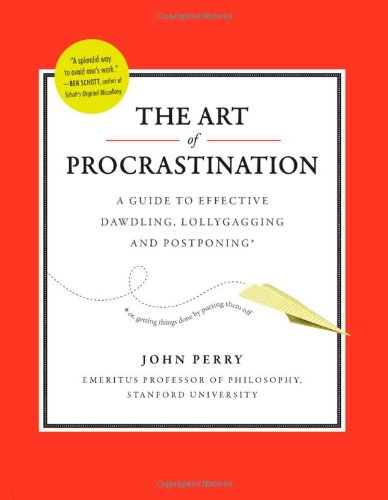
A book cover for The Art of Procrastination: A Guide to Effective Dawdling, Lollygagging and Postponing; John Perry; Self-Help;